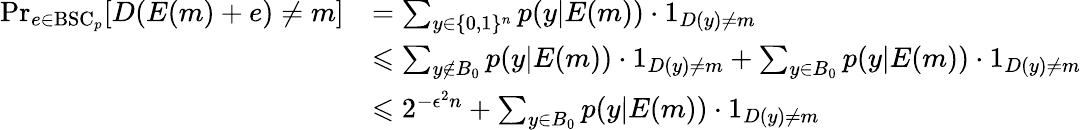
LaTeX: {\begin{array}{rl}{\operatorname*{Pr}_{e\in{\mathrm{BSC}}_{p}}[D(E(m)+e)\neq m]}&{=\sum_{y\in\{ 0,1\} ^{n}}p(y|E(m))\cdot 1_{D(y)\neq m}}\\ &{\leqslant\sum_{y\notin B_{0}}p(y|E(m))\cdot 1_{D(y)\neq m}+\sum_{y\in B_{0}}p(y|E(m))\cdot 1_{D(y)\neq m}}\\ &{\leqslant 2^{-{\epsilon^{2}}n}+\sum_{y\in B_{0}}p(y|E(m))\cdot 1_{D(y)\neq m}}\end{array}}